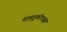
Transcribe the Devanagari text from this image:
वाहतुकीपासून